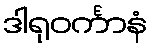
ဒါရုဝင်္ကာနံ